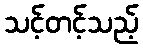
သင့်တင့်သည့်